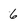
Character: 6